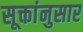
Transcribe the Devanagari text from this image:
सूक्तांनुसार